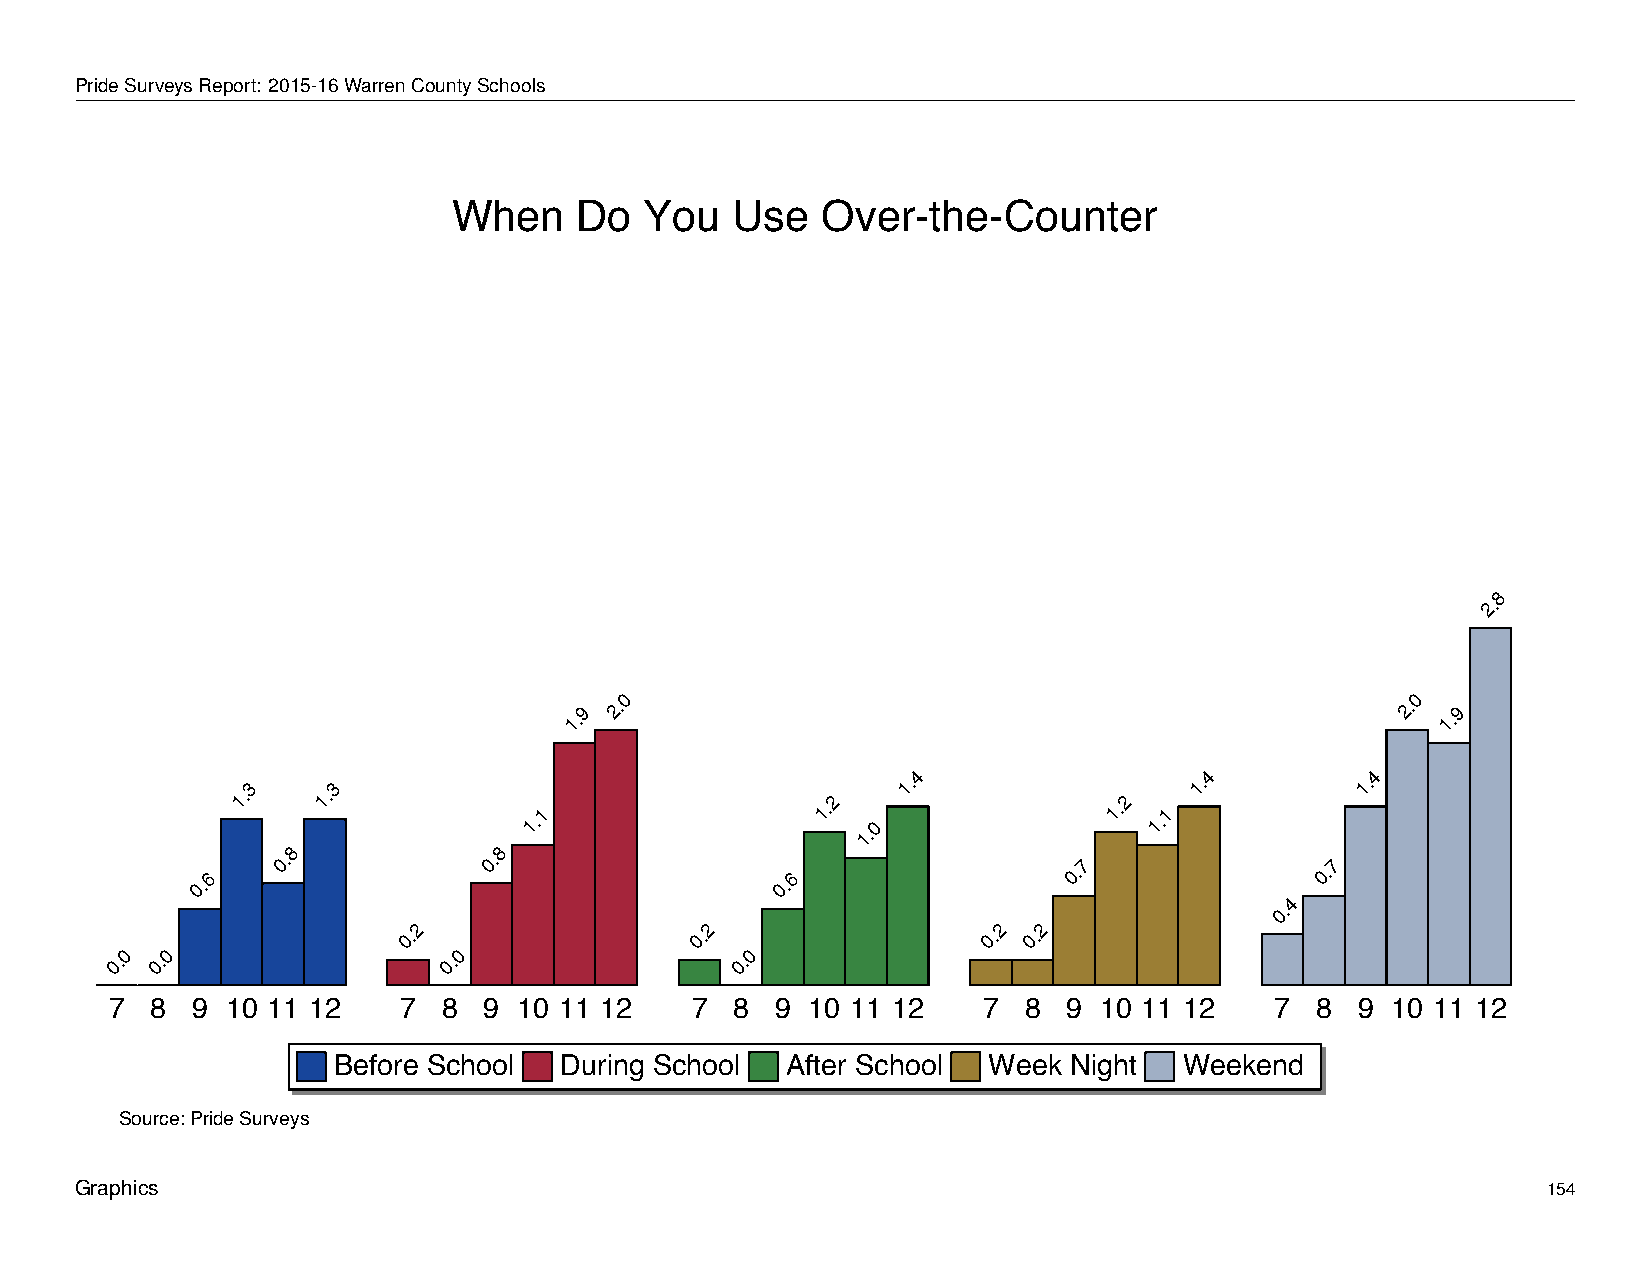
When         Do     You       Use      Over-the-Counter
 PrideSurveysReport: 2015-16WarrenCountySchools
 When    Do   You  Use   Over-the-Counter
 8
 2.
 0                                                    0
 1.9 2.                                                 2. 1.9
 4                   4          4
 1.3  1.3
 1.1
 1.2
 1.0
 1.
 1.2
 1.1
 1.         1.
 8             8
 0.6
 0.            0.
 0.6
 0.7             0.7
 4
 0.
 2                   2                  2  2
 0.                 0.                 0. 0.
 0  0                  0                  0
 0. 0.                 0.                  0.
 7  8  9 10 11 12   7  8  9 10 11 12    7  8 9 10 11 12    7  8  9 10 11 12   7  8  9 10 11 12
 Before School  During School  After School Week  Night  Weekend
 Source: Pride Surveys
 Graphics                                                                                         154